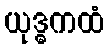
ယုဒ္ဓကထံ